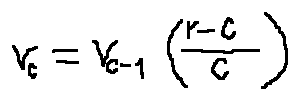
v _ { c } = v _ { c - 1 } ( \frac { r - c } { c } )